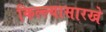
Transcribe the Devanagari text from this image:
किल्ल्यासारखे